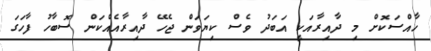
ހާއްސަކޮށް މި ދާއިރާއަކީ އަބަދު ވެސް ކިޔަވަން ޖެހޭ ދާއިރާއެއްކަން ސޮބާހު ފާހަގަ